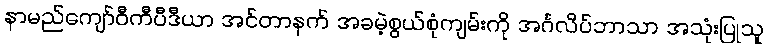
နာမည်ကျော်ဝီကီပီဒီယာ အင်တာနက် အခမဲ့စွယ်စုံကျမ်းကို အင်္ဂလိပ်ဘာသာ အသုံးပြုသူ